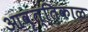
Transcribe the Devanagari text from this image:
आवृत्तिकाळ